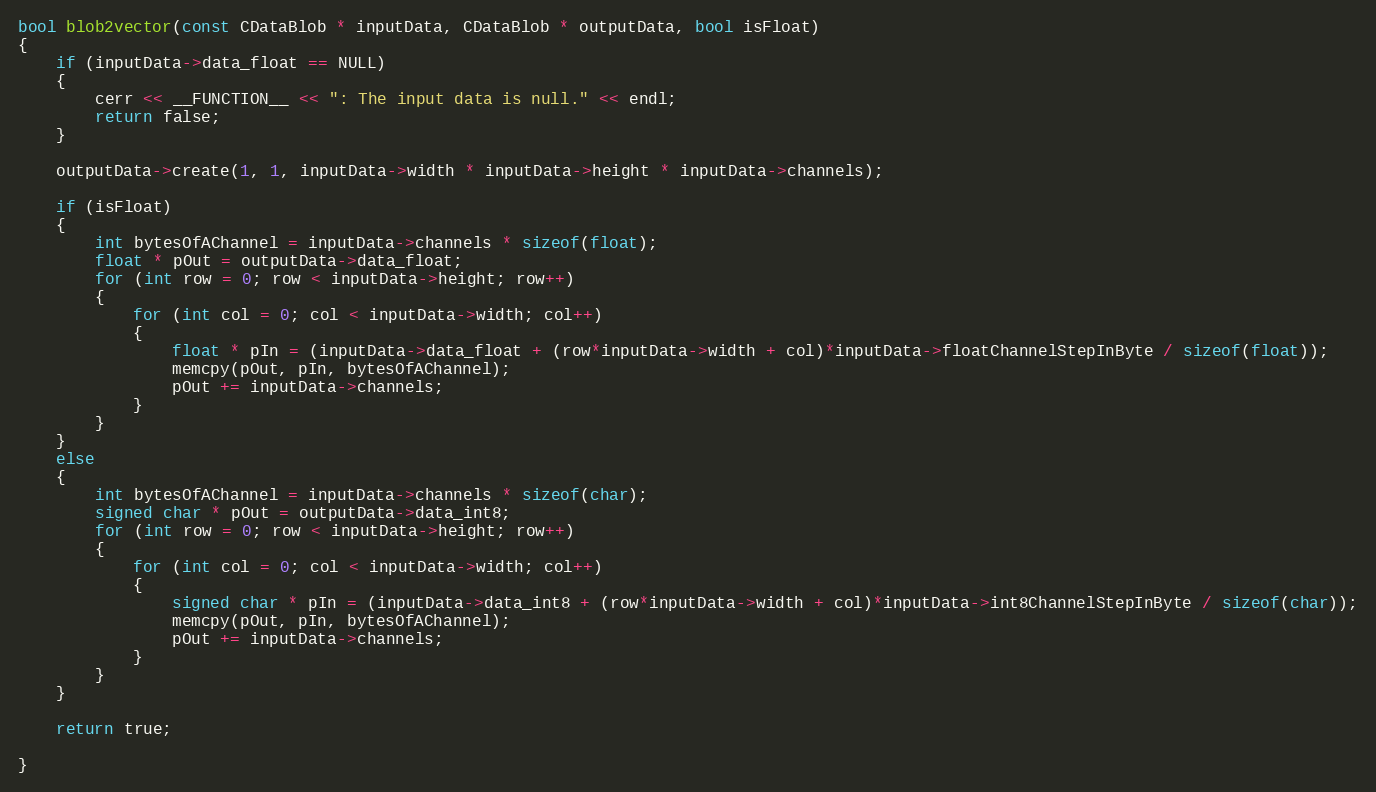
Language: C++
bool blob2vector(const CDataBlob * inputData, CDataBlob * outputData, bool isFloat)
{
    if (inputData->data_float == NULL)
    {
        cerr << __FUNCTION__ << ": The input data is null." << endl;
        return false;
    }

    outputData->create(1, 1, inputData->width * inputData->height * inputData->channels);

    if (isFloat)
    {
        int bytesOfAChannel = inputData->channels * sizeof(float);
        float * pOut = outputData->data_float;
        for (int row = 0; row < inputData->height; row++)
        {
            for (int col = 0; col < inputData->width; col++)
            {
                float * pIn = (inputData->data_float + (row*inputData->width + col)*inputData->floatChannelStepInByte / sizeof(float));
                memcpy(pOut, pIn, bytesOfAChannel);
                pOut += inputData->channels;
            }
        }
    }
    else
    {
        int bytesOfAChannel = inputData->channels * sizeof(char);
        signed char * pOut = outputData->data_int8;
        for (int row = 0; row < inputData->height; row++)
        {
            for (int col = 0; col < inputData->width; col++)
            {
                signed char * pIn = (inputData->data_int8 + (row*inputData->width + col)*inputData->int8ChannelStepInByte / sizeof(char));
                memcpy(pOut, pIn, bytesOfAChannel);
                pOut += inputData->channels;
            }
        }
    }

    return true;

}